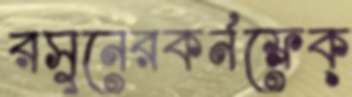
রসুনেরকর্নফ্লেক্